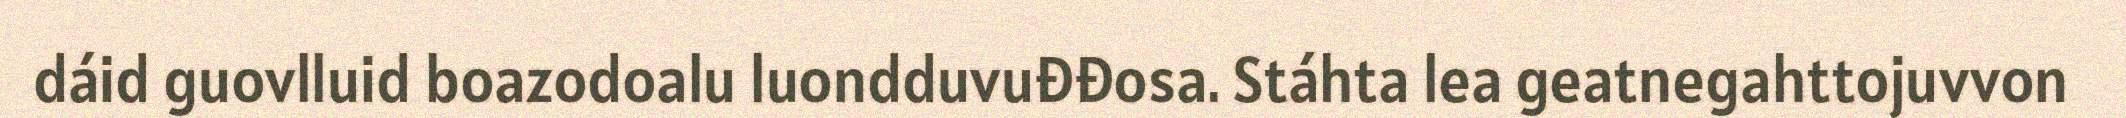
dáid guovlluid boazodoalu luondduvuđđosa. Stáhta lea geatnegahttojuvvon